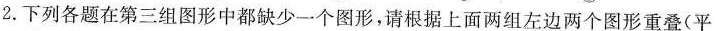
2. 下列各题在第三组图形中都缺少一个图形，请根据上面两组左边两个图形重叠(平